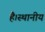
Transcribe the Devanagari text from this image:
है।स्थानीय